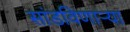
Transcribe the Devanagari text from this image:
सांडविणाऱ्या